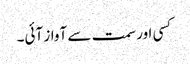
کسی اور سمت سے آواز آئی۔